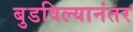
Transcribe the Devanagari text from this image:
बुडविल्यानंतर